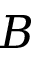
B